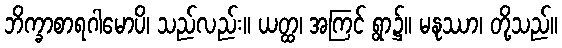
ဘိက္ခာစာရဂါမောပိ၊ သည်လည်း။ ယတ္ထ၊ အကြင် ရွာ၌။ မနုဿာ၊ တို့သည်။